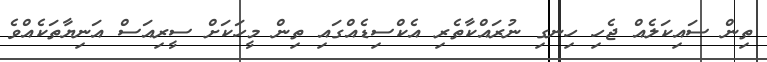
ތިން ސައިކަލެއް ޖެހި ހިނގި ނުރައްކާތެރި އެކްސިޑެއްގައި ތިން މީހަކަށް ސީރިއަސް އަނިޔާތަކެއްވެ